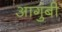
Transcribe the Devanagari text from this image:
आगुंबी